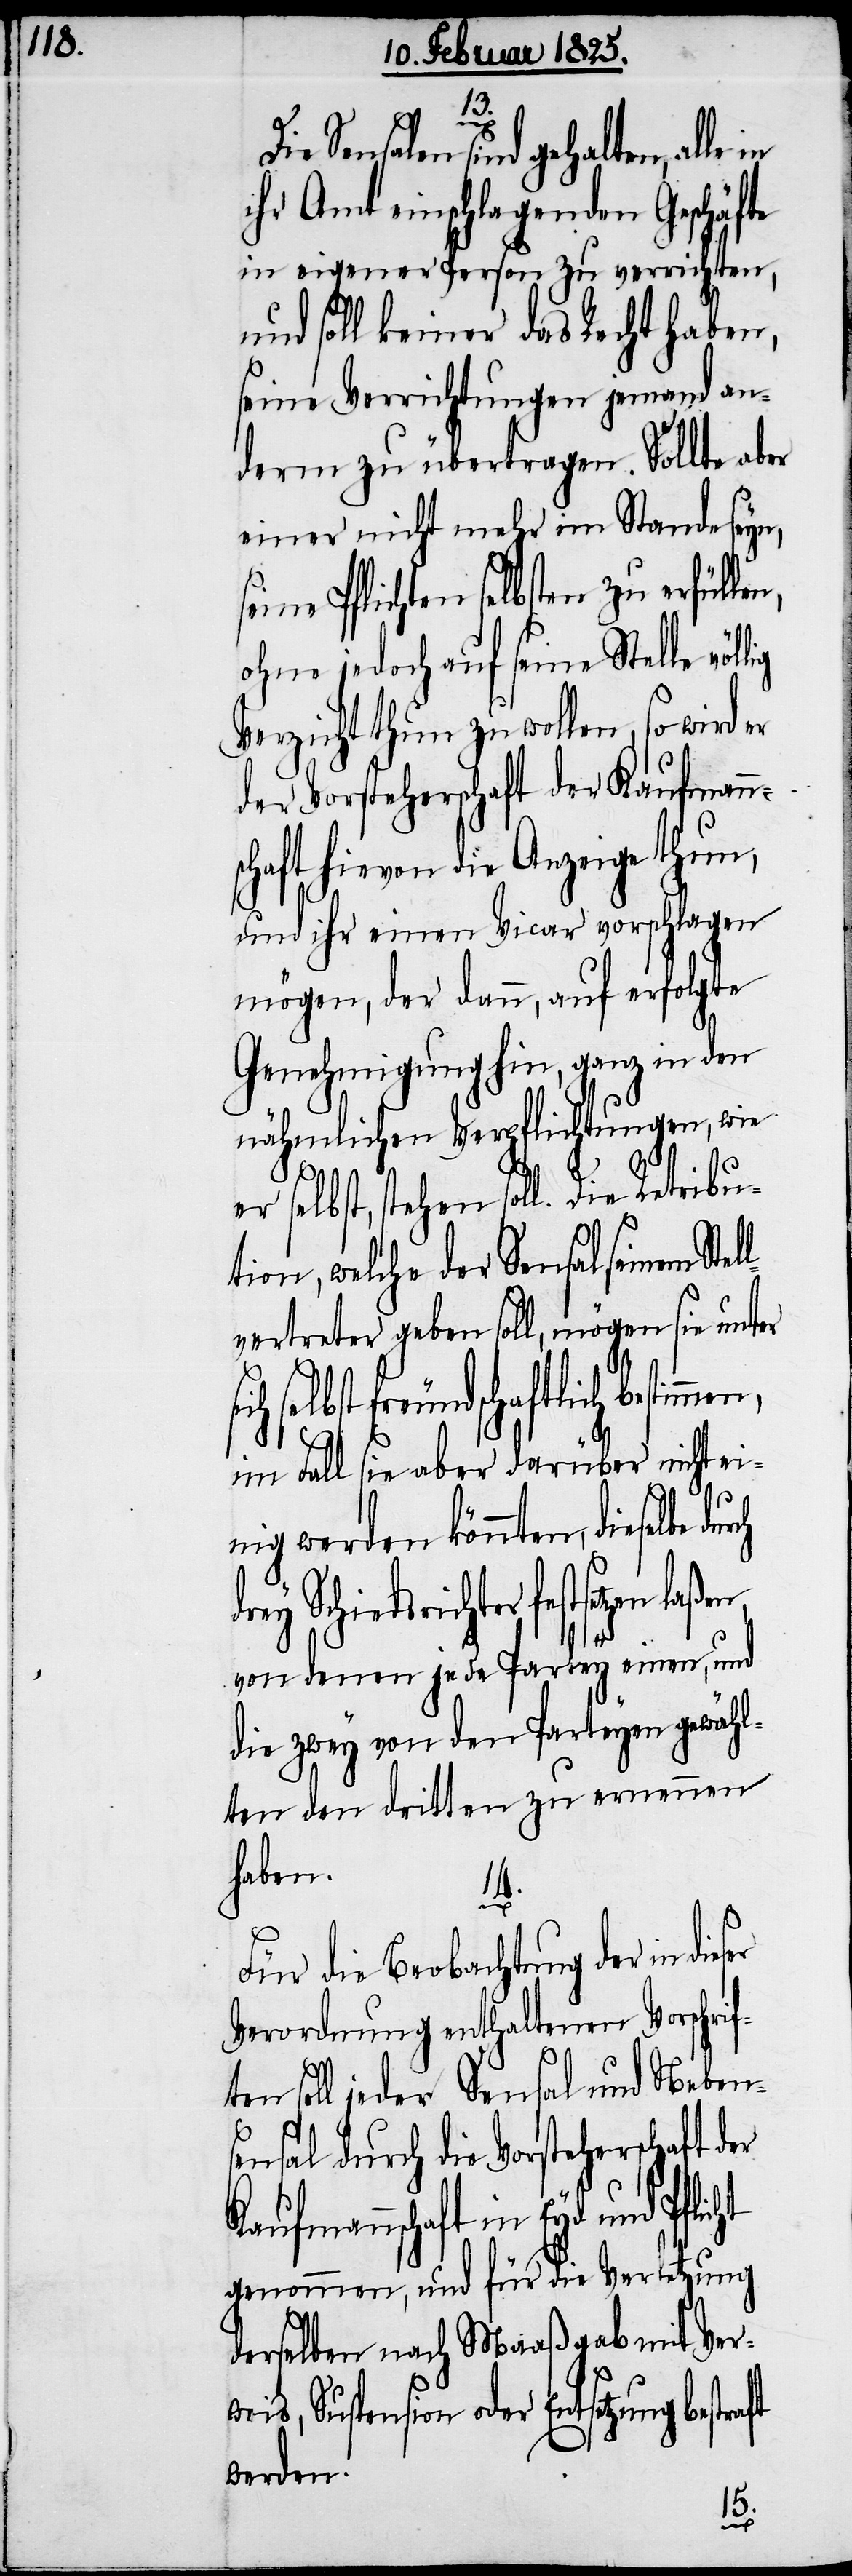
13.

sc¬
w¬
Sensalen sind gehalten, alle
ihr Amt einschlagenden Geschäfte
in eigener Person zu verrichten,
und soll keiner das Recht haben,
seine Verrichtungen jemand an¬
derm zu übertragen. Sollte aber
einer nicht mehr im Stande seyn,
seine Pflichten selbsten zu erfülle¬
ohne jedoch auf seine Stelle völ¬
Verzicht thun zu wollen, so wird er
der Vorsteherschaft der Kaufmann¬
haft hievon die Anzeige thun,
und ihr einen Vicar vorschlagen
mögen, der dann, auf erfolgte
Genehmigung hin, ganz in den
nähmlichen Verpflichtungen, wie
selbst, stehen soll. Die Ret¬
tion, welche der Sensal seinem Ste¬
vertreter geben soll, mögen sie unter
selbst freundschaftlich bestim¬
im Fall sie aber darüber nicht ei¬
nig werden könnten, dieselbe
rey Schiedsrichter festsetzen
von denen jede Partey einen, und
die zwey von den Parteyen gewähl¬
ten den dritten zu ernennen
haben.
14.
Für die Beobachtung der in
Verordnung enthaltenen Vorschrif¬
ten soll jeder Sensal und Nebens¬
ensal durch die Vorsteherschaft der
Kaufmannschaft in Eyd und
genommen, und für die Verletzung
derselben nach Maaßgab mit Ver¬
eis, Suspension oder Entsetzung
werden.